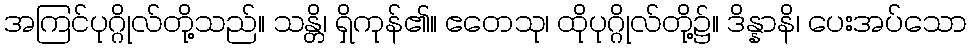
အကြင်ပုဂ္ဂိုလ်တို့သည်။ သန္တိ၊ ရှိကုန်၏။ ဧတေသု၊ ထိုပုဂ္ဂိုလ်တို့၌။ ဒိန္နာနိ၊ ပေးအပ်သော